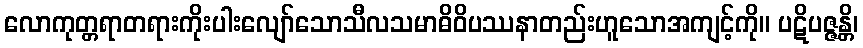
လောကုတ္တရာတရားကိုးပါးလျော်သောသီလသမာဓိဝိပဿနာတည်းဟူသောအကျင့်ကို။ ပဋိပဇ္ဇန္တိ၊